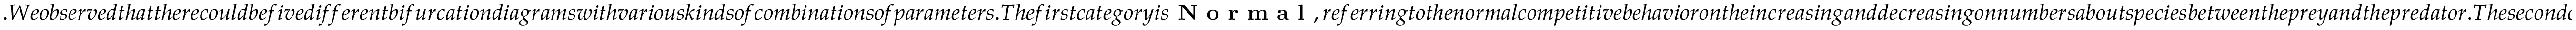
. W e o b s e r v e d t h a t t h e r e c o u l d b e f i v e d i f f e r e n t b i f u r c a t i o n d i a g r a m s w i t h v a r i o u s k i n d s o f c o m b i n a t i o n s o f p a r a m e t e r s . T h e f i r s t c a t e g o r y i s \textbf { N o r m a l } , r e f e r r i n g t o t h e n o r m a l c o m p e t i t i v e b e h a v i o r o n t h e i n c r e a s i n g a n d d e c r e a s i n g o n n u m b e r s a b o u t s p e c i e s b e t w e e n t h e p r e y a n d t h e p r e d a t o r . T h e s e c o n d c a t e g o r y i s \textbf { S t a n d a r d } , r e f e r r i n g t o t h e s t a n d a r d b i f u r c a t i o n d i a g r a m a s s h o w n i n t h e w e l l - k n o w n 1 D l o g i s t i c e q u a t i o n i n t h e p r e y a t t h e a b s e n c e o f t h e p r e d a t o r . T h e t h i r d c a t e g o r y i s n a m e d a s \textbf { P a r a c l e t e } , r e f e r r i n g t o o v e r l a p p i n g s t r u c t u r e i n t h e b i f u r c a t i o n d i a g r a m o f t h e p r e y . T h e f o u r t h c a t e g o r y i s \textbf { E x t i n c t i o n } , c o n n o t i n g t o e x t i n c t i o n o f t h e p r e d a t o r w h e n t h e p r e y b e c o m e s c h a o t i c . T h e l a s t c a t e g o r y i s \textbf { V o r t i c e l l a S t r a n g e } , m e a n i n g t h a t t h e b i f u r c a t i o n d i a g r a m r e s e m b l e s t h e s h a p e o f a v o r t i c e l l a b u t w i t h m o r e c o m p l e x i n n e r s t r u c t u r e s b e f o r e t h e t w o s p e c i e s b e c o m e c h a o t i c a t t h e s a m e t i m e . C a t e g o r i e s a n d p a r a m e t e r s w e r e s u m m a r i z e d i n T a b l e